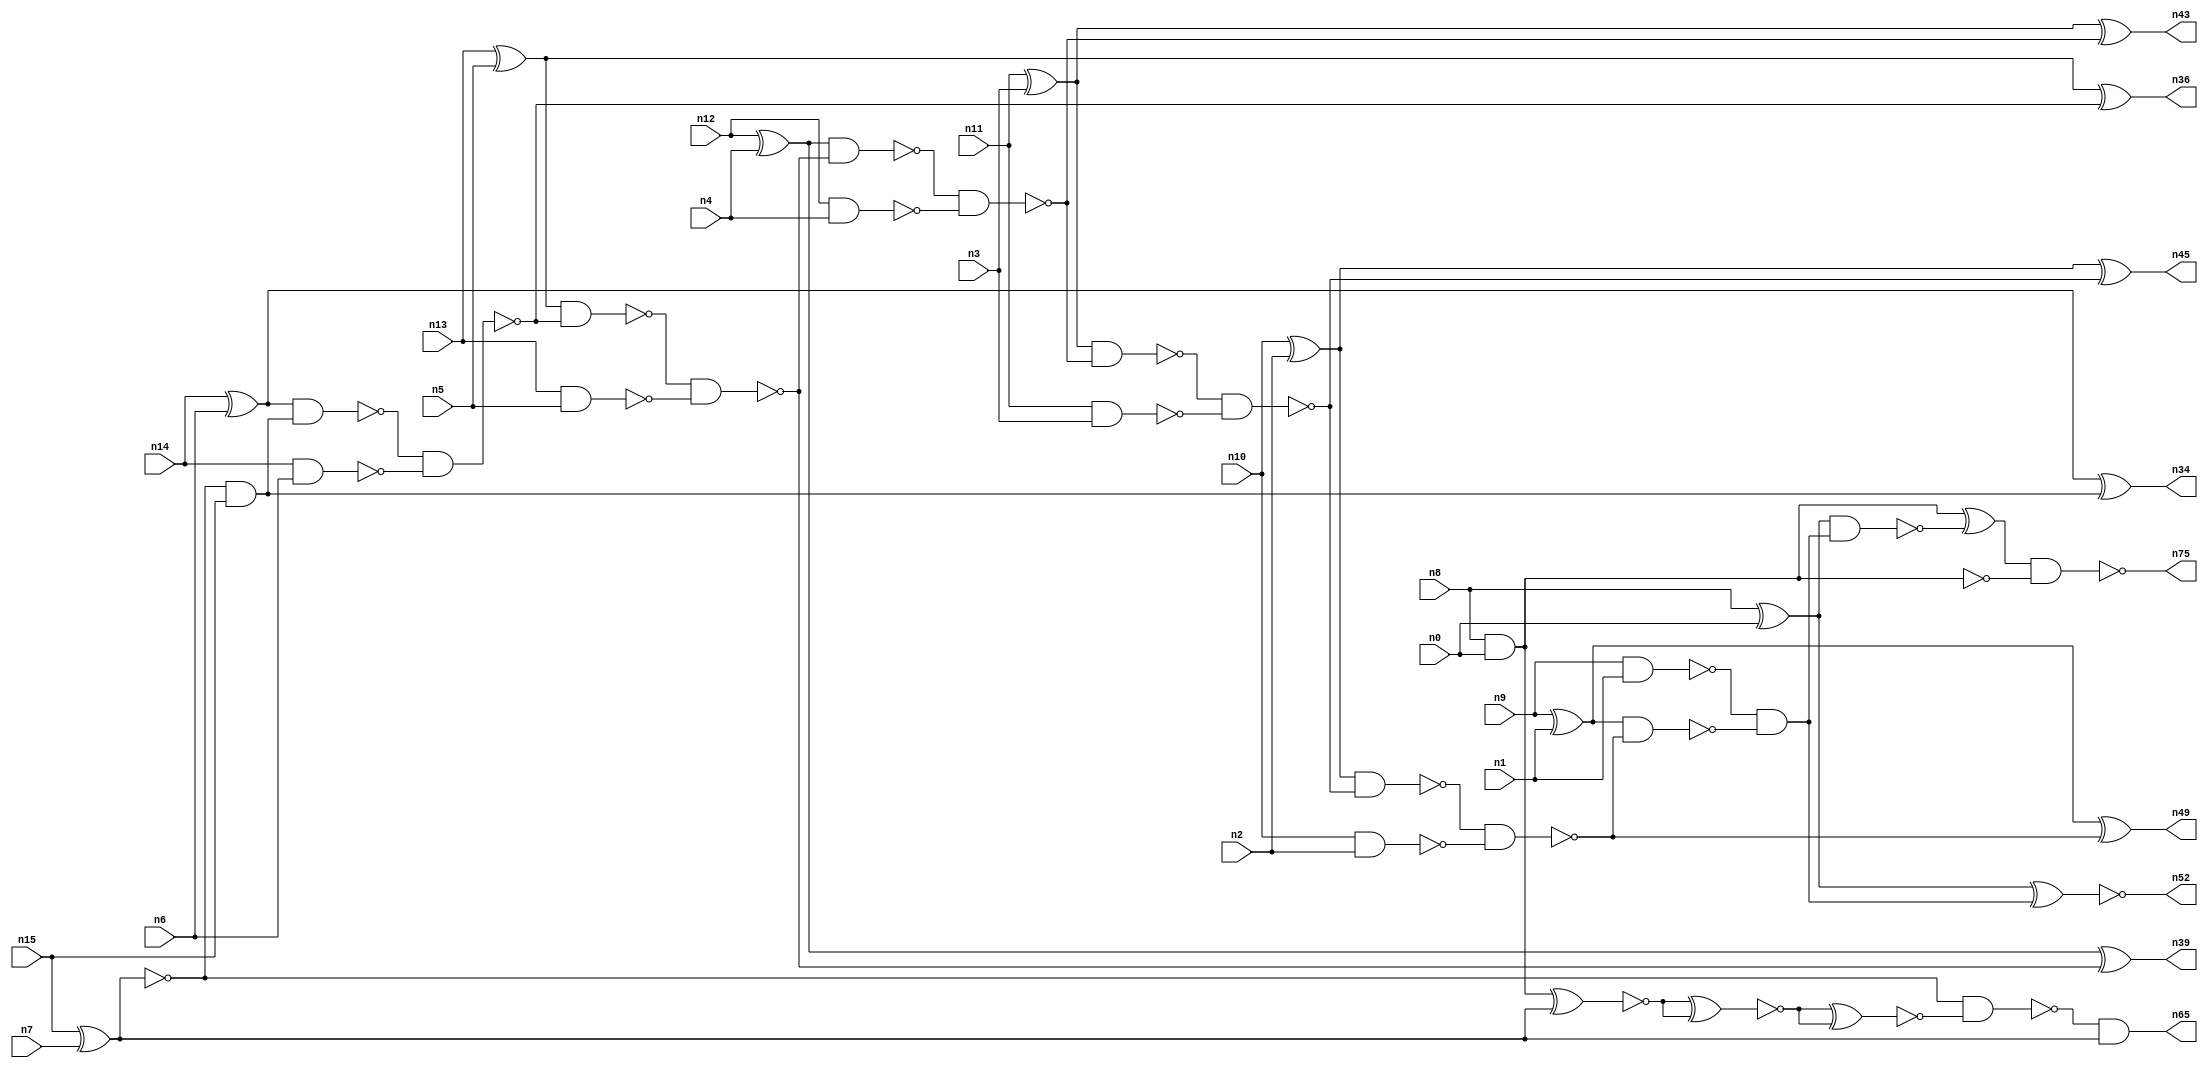
// This program was cloned from: https://github.com/umar-afzaal/ReCkt
// License: MIT License

// This file contains a pareto-optimal circuit with respect to area and the fault-resilince parameter p_fault which is defined as:
// "For all input vectors, the ratio of the no. of faults observable at the POs to the no. of total possible faults in the circuit".
// This code is part of the ReCkt library (https://github.com/umar-afzaal/ReCkt) distributed under The MIT License.
// When used, please cite the following article(s):
// U. Afzaal, A.S. Hassan, M. Usman and J.A. Lee, "On the Evolutionary Synthesis of Increased Fault-resilience Arithmetic Circuits".

// p_fault = 87.5 %    (Lower is better)
// gates = 45.0
// levels = 17
// area = 63.29    (For MCNC library relative to nand2)
// power = 278.9 uW    (Berkely-SIS for MCNC library @ Vdd=5V and 20 MHz clock)
// delay = 20.8 ns    (Berkely-ABC for MCNC library)
// PDP = 5.80112e-12 J

// Pin mapping:
// {n0, n1, n2, n3, n4, n5, n6, n7} = A[7:0]
// {n8, n9, n10, n11, n12, n13, n14, n15} = B[7:0]
// {n75, n52, n49, n45, n43, n39, n36, n34, n65} = O[8:0]

module addr8s_area_13 (
n0, n1, n2, n3, n4, n5, n6, n7, n8, n9, n10, n11, n12, n13, n14, n15, 
n75, n52, n49, n45, n43, n39, n36, n34, n65
);

input n0, n1, n2, n3, n4, n5, n6, n7, n8, n9, n10, n11, n12, n13, n14, n15;
output n75, n52, n49, n45, n43, n39, n36, n34, n65;
wire n22, n42, n28, n21, n54, n71, n30, n16, n27, n24, n56, n20, n53, n32, n18, n55, n51, n31, n25, n58, 
n41, n26, n37, n35, n29, n17, n38, n19, n46, n47, n23, n40, n48, n57, n33, n44;

nand (n16, n14, n6);
nand (n17, n9, n1);
nand (n18, n13, n5);
nand (n19, n8, n0);
xor (n20, n8, n0);
nand (n21, n10, n2);
xor (n22, n12, n4);
xnor (n23, n15, n7);
xor (n24, n10, n2);
and (n25, n23, n15);
nand (n26, n11, n3);
xor (n27, n14, n6);
xor (n28, n9, n1);
nand (n29, n12, n4);
xor (n30, n13, n5);
xor (n31, n11, n3);
nand (n32, n23, n23);
nand (n33, n27, n25);
xor (n34, n27, n25);
nand (n35, n33, n16);
xor (n36, n30, n35);
nand (n37, n30, n35);
nand (n38, n37, n18);
xor (n39, n22, n38);
nand (n40, n22, n38);
nand (n41, n40, n29);
nand (n42, n31, n41);
xor (n43, n31, n41);
nand (n44, n42, n26);
xor (n45, n24, n44);
nand (n46, n24, n44);
nand (n47, n46, n21);
nand (n48, n28, n47);
xor (n49, n28, n47);
and (n51, n17, n48);
xnor (n52, n20, n51);
nand (n53, n20, n51);
nand (n54, n19, n19);
xnor (n55, n54, n32);
xnor (n56, n55, n55);
xnor (n57, n56, n56);
nand (n58, n23, n57);
and (n65, n58, n32);
xor (n71, n54, n53);
nand (n75, n71, n19);

endmodule